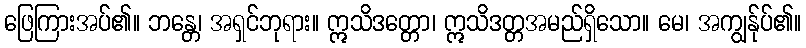
ဖြေကြားအပ်၏။ ဘန္တေ၊ အရှင်ဘုရား။ ဣသိဒတ္တော၊ ဣသိဒတ္တအမည်ရှိသော။ မေ၊ အကျွန်ုပ်၏။